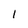
Character: 1